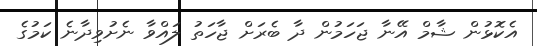
އެކޮޅުން ޝާމް އޭނާ ޖަހަމުން ދާ ބެރަށް ޖާހަތު ލައްވާ ނެށުވިދާނެ ކަމުގެ